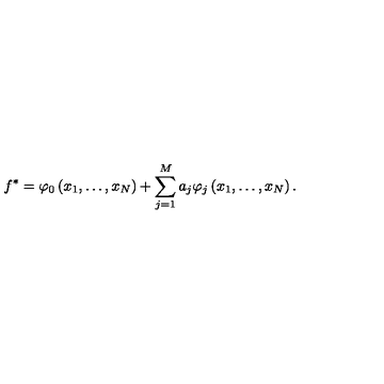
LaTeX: f ^ { * } = \varphi _ { 0 } \left( x _ { 1 } , \ldots , x _ { N } \right) + \sum _ { j = 1 } ^ { M } a _ { j } \varphi _ { j } \left( x _ { 1 } , \ldots , x _ { N } \right) .